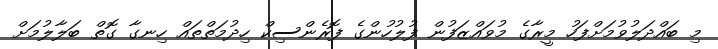
މި ބައްދަލުވުމަށްފަހު މީރާގެ މުވައްޒަފުން ފުލުހުންގެ ފޮރެންސިކް ހިދުމަތްތައް ހިނގާ ގޮތް ބަލާލުމަށް